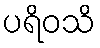
ပရိဝသိ